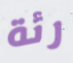
رئة